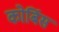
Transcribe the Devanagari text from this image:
कोर्बिस